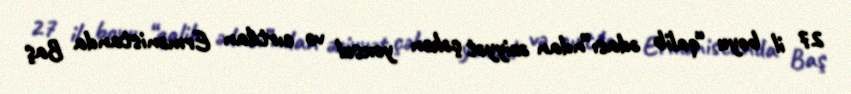
27 il boyu “qalib ədası”ndan əziyyət çəkən yoxsul və cırtdan Ermənistanda Baş